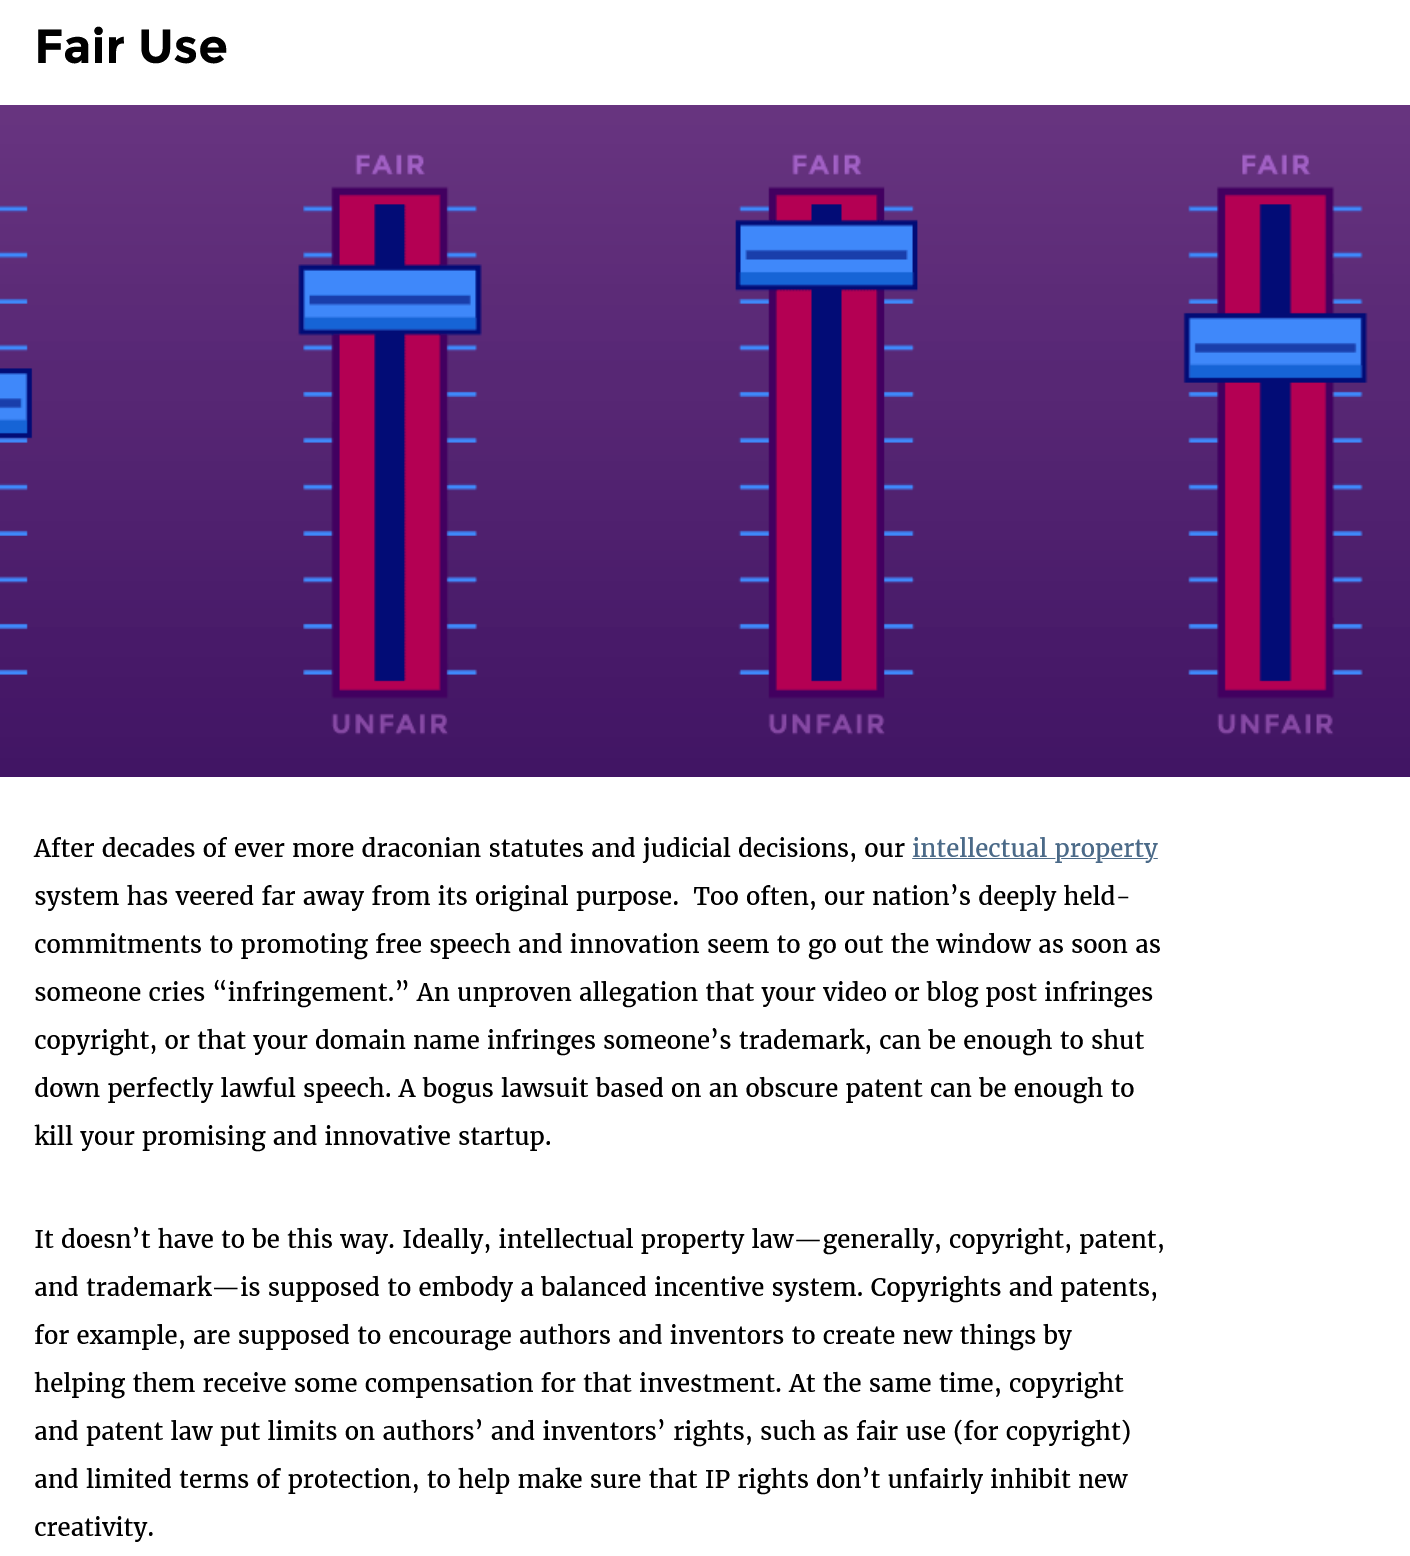
Fair    Use

     ats
   After decades of ever more draconian statutes and judicial decisions, our intellectual property
   system has veered far away from its original purpose. Too often, our nation’s deeply held-
   commitments  to promoting free speech and innovation seem to go out the window as soon as
   someone cries “infringement.” An unproven allegation that your video or blog post infringes
   copyright, or that your domain name infringes someone’s trademark, can be enough to shut
   down perfectly lawful speech. A bogus lawsuit based on an obscure patent can be enough to
   kill your promising and innovative startup.
   It doesn’t have to be this way. Ideally, intellectual property law—generally, copyright, patent,
   and trademark—is  supposed to embody a balanced incentive system. Copyrights and patents,
   for example, are supposed to encourage authors and inventors to create new things by
   helping them receive some compensation for that investment. At the same time, copyright
   and patent law put limits on authors’ and inventors’ rights, such as fair use (for copyright)
   and limited terms of protection, to help make sure that IP rights don’t unfairly inhibit new
   creativity.